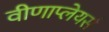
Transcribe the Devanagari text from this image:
वीणाप्लेयर्स